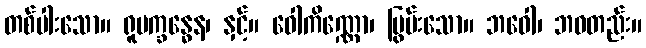
တစ်ပါးသော။ ရူပက္ခန္ဓေန၊ နှင့်။ ဝေါကိဏ္ဏော၊ ပြွမ်းသော။ ဘဝေါ၊ ဘဝတည်း။